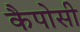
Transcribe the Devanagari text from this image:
कैपोसी